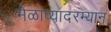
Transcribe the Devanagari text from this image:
मेळाव्यादरम्यान